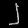
Digit: ၂